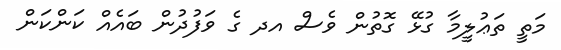
މަތީ ތަޢުލީމާ ގުޅޭ ގޮތުން ވެސް އދ ގެ ވަފުދުން ބައެއް ކަންކަން